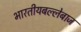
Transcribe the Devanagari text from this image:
भारतीयबल्लेबाज